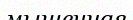
мышечная